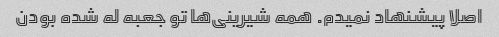
اصلا پیشنهاد نمیدم. همه شیرینی‌ها تو جعبه له شده بودن